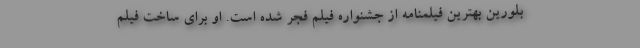
بلورین بهترین فیلمنامه از جشنواره فیلم فجر شده است. او برای ساخت فیلم